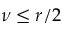
\nu \leq r / 2